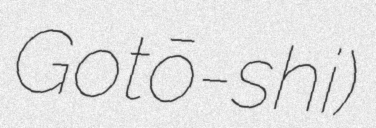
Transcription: Gotō-shi)